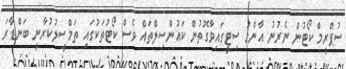
ސުޕްރީމް ކޯޓުން ނެރުނު އާންމު ސިޓީގައިވާގޮތުން ކައުންސިލްތައް ވެސް ކޯޓުތަކުގައި ތަމްސީލުކުރާނީ ބަންޑާރަ